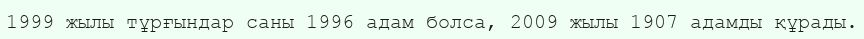
1999 жылы тұрғындар саны 1996 адам болса, 2009 жылы 1907 адамды құрады.